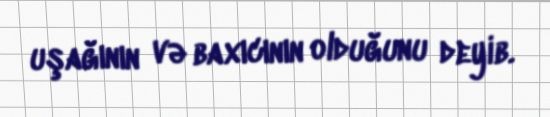
uşağının və baxıcının olduğunu deyib.